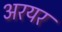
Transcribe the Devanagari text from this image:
अरयर